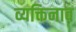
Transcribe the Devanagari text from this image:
व्यक्तिनाव